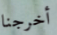
أخرجنا